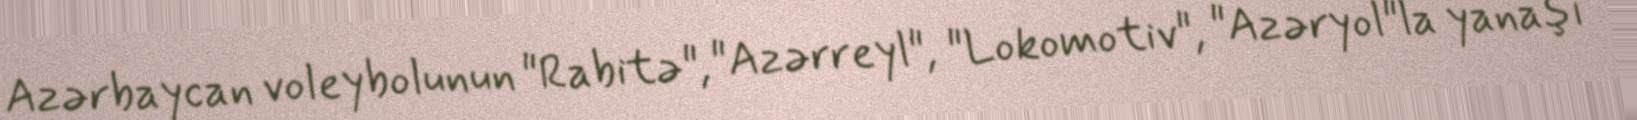
Azərbaycan voleybolunun "Rabitə", "Azərreyl", "Lokomotiv", "Azəryol"la yanaşı